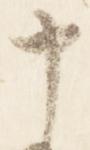
十